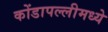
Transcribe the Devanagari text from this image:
कोंडापल्लीमध्ये